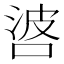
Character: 𠴸